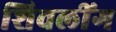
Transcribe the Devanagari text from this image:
शिवलींग